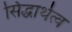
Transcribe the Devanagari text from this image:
सिद्धार्थत्व